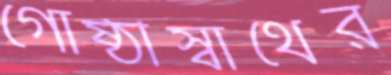
গোষ্ঠীস্বার্থের